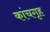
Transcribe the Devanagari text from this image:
कांचगृह